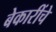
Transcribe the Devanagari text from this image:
बेकारींचे